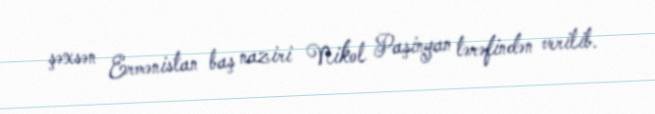
şəxsən Ermənistan baş naziri Nikol Paşinyan tərəfindən verilib.